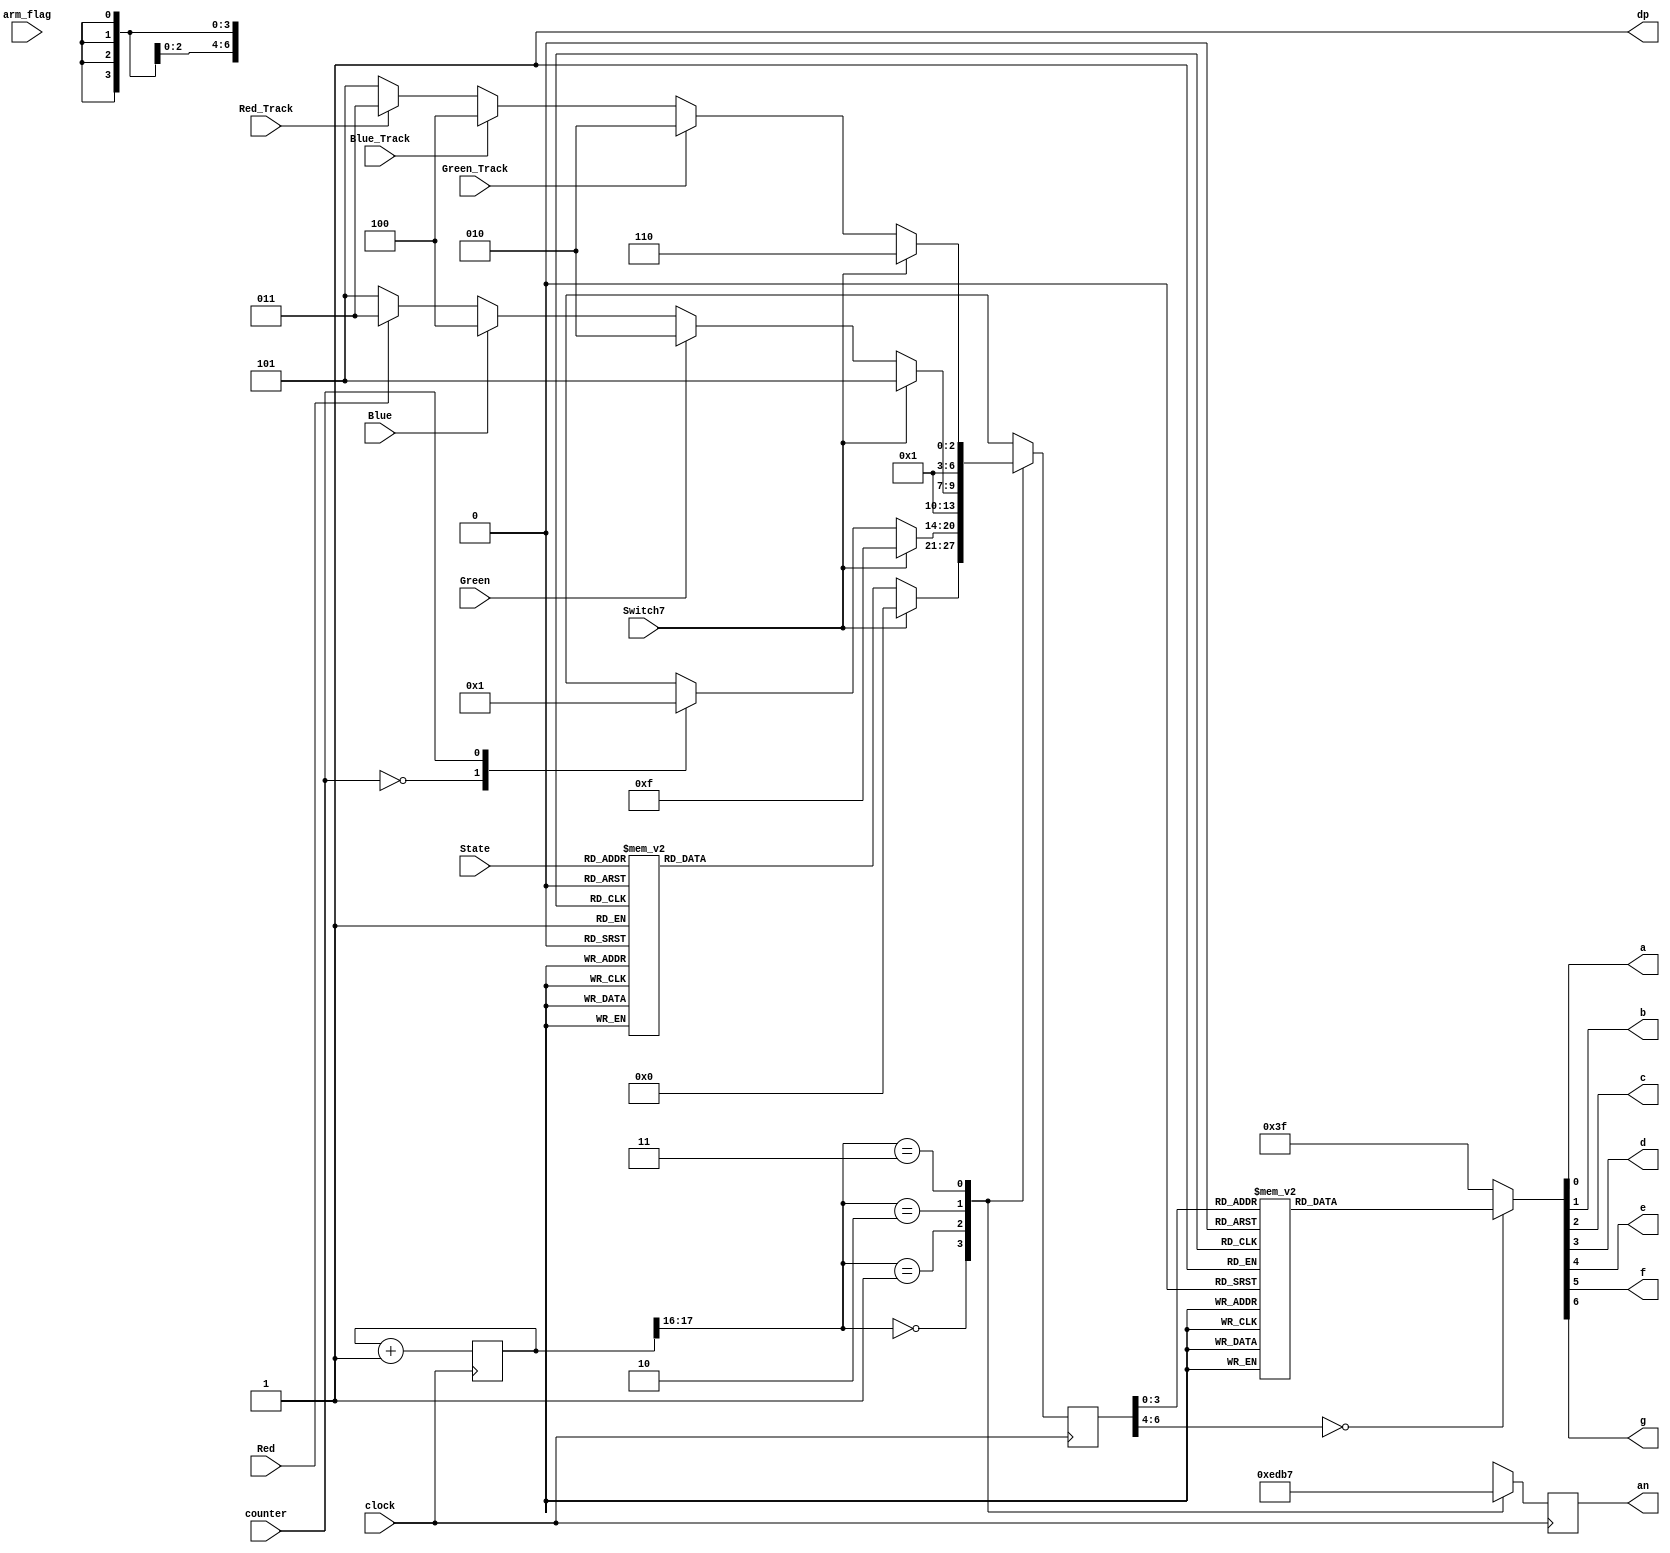
module Display (

    // inputs
    input clock,
    input arm_flag,
    input counter,
    input Green, Red, Blue,
    input Green_Track, Blue_Track, Red_Track,
    input Switch7,
    input[2:0] State,
    //input Switch2, Switch3, Switch4, Switch5,

    // outputs
    output reg [3:0] an,   // the 4 bit enable signal
    output a, b, c, d, e, f, g, dp //the individual LED output for the seven segment along with the digital point

);

localparam N = 18;
reg[N-1:0] count;
reg [6:0] seg;
reg [3:0] last_counter;

always @ (posedge clock) begin
   count <= count + 1;
end




always @ (posedge clock)
 begin
  case(count[N-1:N-2]) //using only the 2 MSB's of the counter 
   
   2'b00 :  //When the 2 MSB's are 00 enable the fourth display
    begin

        if (Switch7) begin
            seg = 4'd16;
        end
        else begin
        case(State)
            4'b0000 : seg = 4'd0;
            4'b0001 : seg = 4'd1;
            4'b0010 : seg = 4'd2;
            4'b0011 : seg = 4'd3;
            4'b0100 : seg = 4'd4;
            4'b0101 : seg = 4'd5;
            4'b0110 : seg = 4'd6;
            4'b0111 : seg = 4'd7;
            4'b1000 : seg = 4'd8;
            4'b1001 : seg = 4'd9;
            default :  seg = 4'd12;
        endcase
        end
        an = 4'b1110;
    end
   
   2'b01:  //When the 2 MSB's are 01 enable the third display
    begin
        if (Switch7)
            seg = 4'd15;
        else begin
        case(counter)
            4'b0000 : seg = 4'd0;
            4'b0001 : seg = 4'd1;
            4'b0010 : seg = 4'd2;
            4'b0011 : seg = 4'd3;
            4'b0100 : seg = 4'd4;
            4'b0101 : seg = 4'd5;
            4'b0110 : seg = 4'd6;
            4'b0111 : seg = 4'd7;
            4'b1000 : seg = 4'd8;
            4'b1001 : seg = 4'd9;
            default :  seg = 4'd12;
        endcase
        end
        an = 4'b1101;
    end

   2'b10:  //When the 2 MSB's are 10 enable the second display
    begin
        if (Switch7)
            seg = 4'd13;
        else begin
            if(Green) begin
                seg = 4'd10;
            end
            else if (Blue) begin
                seg = 4'd12;
            end
            else if (Red) begin
                seg = 4'd11;
            end
            else begin
                seg = 4'd13;
                
            end
        end
        an = 4'b1011;
     end
    
    
   2'b11:  //When the 2 MSB's are 11 enable the first display
    begin
        if (Switch7)
            seg = 4'd14;
        else begin
            if(Green_Track)
                seg = 4'd10;
            else if (Blue_Track)
                seg = 4'd12;
            else if (Red_Track)
                seg = 4'd11;
            else
                seg = 4'd13;
        end
       an = 4'b0111;
    end
  endcase
 end


reg [6:0] sseg_temp; // 7 bit register to hold the binary value of each input given

always @ (*)
 begin
  case(seg)
   4'd0 : sseg_temp = 7'b1000000; //to display 0
   4'd1 : sseg_temp = 7'b1111001; //to display 1
   4'd2 : sseg_temp = 7'b0100100; //to display 2
   4'd3 : sseg_temp = 7'b0110000; //to display 3
   4'd4 : sseg_temp = 7'b0011001; //to display 4
   4'd5 : sseg_temp = 7'b0010010; //to display 5
   4'd6 : sseg_temp = 7'b0000010; //to display 6
   4'd7 : sseg_temp = 7'b1111000; //to display 7
   4'd8 : sseg_temp = 7'b0000000; //to display 8
   4'd9 : sseg_temp = 7'b0010000; //to display 9
   4'd10 : sseg_temp = 7'b0000010; // G -> Green
   4'd11 : sseg_temp = 7'b0000011; // b -> Blue
   4'd12 : sseg_temp = 7'b1001110; // r - > Red
   4'd13 : sseg_temp = 7'b1000001; // U - > unclear
   4'd14 : sseg_temp = 7'b0001110; // F
   4'd15 : sseg_temp = 7'b1000110; // C
   4'd16 : sseg_temp = 7'b0001001; // k
   4'd17 : sseg_temp = 7'b0001001; // k
   default : sseg_temp = 7'b0111111; //dash
  endcase
 end
assign {g, f, e, d, c, b, a} = sseg_temp; //concatenate the outputs to the register, this is just a more neat way of doing this.
// I could have done in the case statement: 4'd0 : {g, f, e, d, c, b, a} = 7'b1000000; 
// its the same thing.. write however you like it

assign dp = 1'b1; //since the decimal point is not needed, all 4 of them are turned off

endmodule